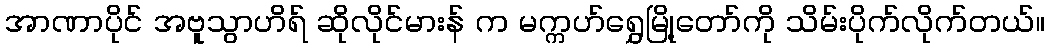
အာဏာပိုင် အဗူသွာဟိရ် ဆိုလိုင်မားန် က မက္ကဟ်ရွှေမြို့တော်ကို သိမ်းပိုက်လိုက်တယ်။